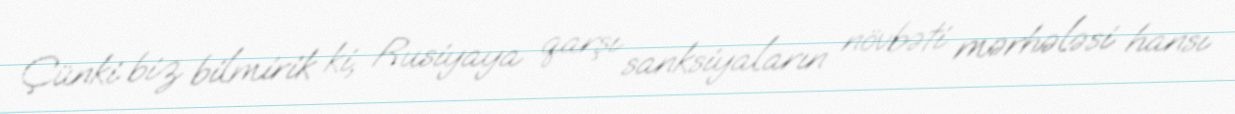
Çünki biz bilmirik ki, Rusiyaya qarşı sanksiyaların növbəti mərhələsi hansı